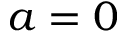
a = 0